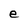
Character: e